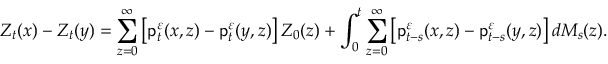
Z _ { t } ( x ) - Z _ { t } ( y ) = \sum _ { z = 0 } ^ { \infty } \left[ \mathsf { p } _ { t } ^ { \varepsilon } ( x , z ) - \mathsf { p } _ { t } ^ { \varepsilon } ( y , z ) \right] Z _ { 0 } ( z ) + \int _ { 0 } ^ { t } \sum _ { z = 0 } ^ { \infty } \left[ \mathsf { p } _ { t - s } ^ { \varepsilon } ( x , z ) - \mathsf { p } _ { t - s } ^ { \varepsilon } ( y , z ) \right] d M _ { s } ( z ) .